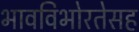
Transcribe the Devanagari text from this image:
भावविभोरतेसह